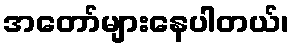
အတော်များနေပါတယ်၊